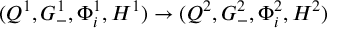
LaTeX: ( Q ^ { 1 } , G _ { - } ^ { 1 } , \Phi _ { i } ^ { 1 } , H ^ { 1 } ) \rightarrow ( Q ^ { 2 } , G _ { - } ^ { 2 } , \Phi _ { i } ^ { 2 } , H ^ { 2 } )